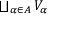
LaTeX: \textstyle { \bigsqcup _ { \alpha \in A } V _ { \alpha } }